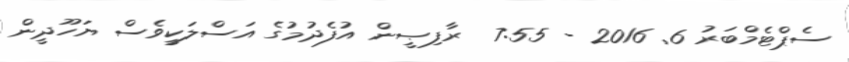
ސެޕްޓެމްބަރު 6